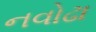
નવોઢા